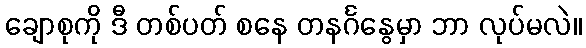
ချောစုကို ဒီ တစ်ပတ် စနေ တနင်္ဂနွေမှာ ဘာ လုပ်မလဲ။